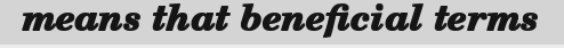
means that beneficial terms